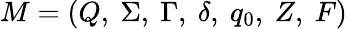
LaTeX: M=(Q,\ \Sigma,\ \Gamma,\ \delta,\ q_{0},\ Z,\ F)